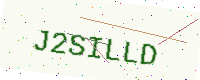
Text: J2SILLD